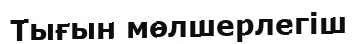
Тығын мөлшерлегіш